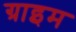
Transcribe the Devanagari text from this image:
ग्राइम